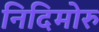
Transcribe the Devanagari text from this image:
निदिमोरु